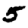
Digit: 5